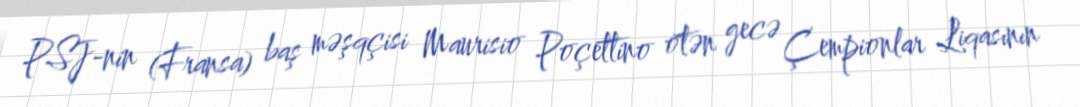
PSJ-nin (Fransa) baş məşqçisi Maurisio Poçettino ötən gecə Çempionlar Liqasının